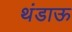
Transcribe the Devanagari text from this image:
थंडाऊ